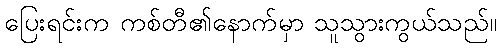
ပြေးရင်းက ကစ်တီ၏နောက်မှာ သူသွားကွယ်သည်။